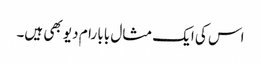
اس کی ایک مثال بابا رام دیو بھی ہیں۔